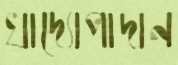
খাদ্যোপাদান